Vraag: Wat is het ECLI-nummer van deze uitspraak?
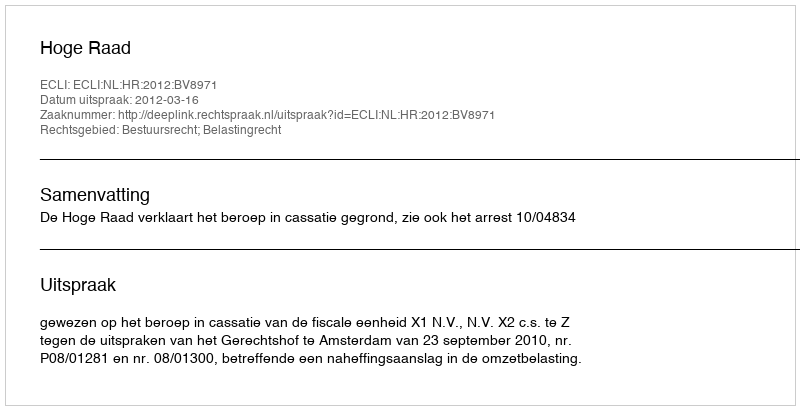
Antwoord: ECLI:NL:HR:2012:BV8971